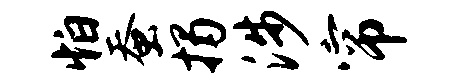
怕蚕揭涉帘